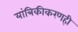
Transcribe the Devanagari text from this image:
यांत्रिकीकरणही